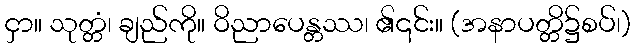
ငှာ။ သုတ္တံ၊ ချည်ကို။ ဝိညာပေန္တဿ၊ ၏၎င်း။ (အနာပတ္တိ၌စပ်၊)